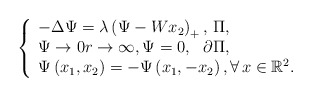
\begin{align*}\left\{\begin{array}{l}-\Delta \Psi=\lambda\left(\Psi-W x_{2}\right)_+, \, \Pi, \\\Psi \rightarrow 0 r \rightarrow \infty, \Psi=0, \, \, \, \, \partial \Pi, \\\Psi\left(x_{1}, x_{2}\right)=-\Psi\left(x_{1},-x_{2}\right), \forall\, x \in \mathbb{R}^{2}.\end{array}\right.\end{align*}